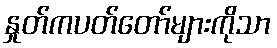
နှုတ်ကပတ်တော်များကိုသာ